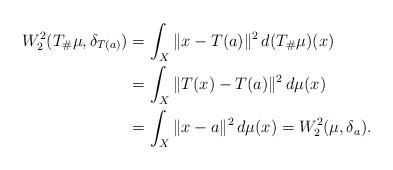
LaTeX: \begin{align*} W_2^2(T_\# \mu, \delta_{T(a)}) &= \int_{X} \|x-T(a)\|^2 \, d(T_\# \mu )(x)\\ &= \int_{X} \|T(x)-T(a)\|^2 \, d\mu (x) \\ &= \int_{X} \|x-a\|^2 \,d\mu(x) = W_2^2(\mu, \delta_a). \end{align*}